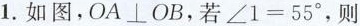
1.如图，$$OA\perp OB$$，若$$\angle 1=55^{\circ} $$，则